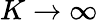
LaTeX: K\to\infty